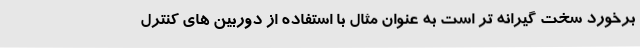
برخورد سخت گیرانه تر است به عنوان مثال با استفاده از دوربین های کنترل